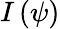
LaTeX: I\left(\psi\right)